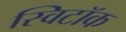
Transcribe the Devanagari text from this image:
स्विटॉक